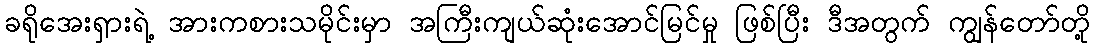
ခရိုအေးရှားရဲ့ အားကစားသမိုင်းမှာ အကြီးကျယ်ဆုံးအောင်မြင်မှု ဖြစ်ပြီး ဒီအတွက် ကျွန်တော်တို့